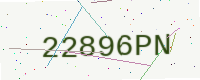
Text: 22896PN